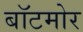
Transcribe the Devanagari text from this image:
बॉटमोर